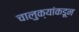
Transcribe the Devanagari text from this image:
चालुक्यांकडून